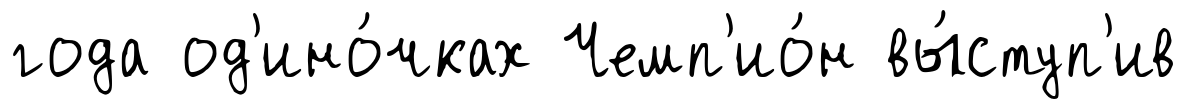
года од'ино́чках Чемп'ио́н вы́ступ'ив